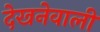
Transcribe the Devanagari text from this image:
देखनेवाली